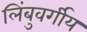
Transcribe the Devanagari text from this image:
लिंबुवर्गीय